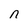
Character: n